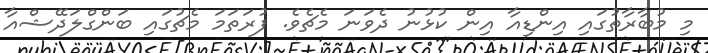
މި މުބާރާތުގައި އިންޑިއާ އިން ކުޅުނު ދެވަނަ މެޗެވެ. ފުރަތަމަ މެޗުގައި ބަންގްލަދޭޝްއާ